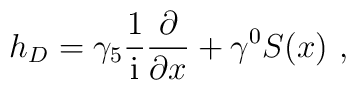
h_D = {\gamma_5}\frac{1}{\rm i} \frac{\partial}{\partial x} +\gamma^0 S(x) \ ,